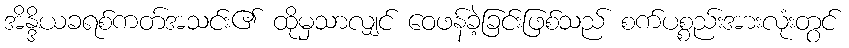
အိန္ဒိယခရစ်ကတ်အသင်း၏ ထိုမှသာလျှင် ဝေဖန်ခဲ့ခြင်းဖြစ်သည် စက်ပစ္စည်းအားလုံးတွင်